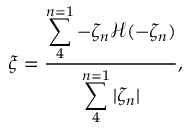
\xi = \frac { \displaystyle \sum _ { 4 } ^ { n = 1 } { - \zeta _ { n } \mathcal { H } ( - \zeta _ { n } ) } } { \displaystyle \sum _ { 4 } ^ { n = 1 } { | \zeta _ { n } | } } ,